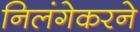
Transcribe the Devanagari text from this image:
निलंगेकरने